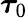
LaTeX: \boldsymbol{\tau}_{0}